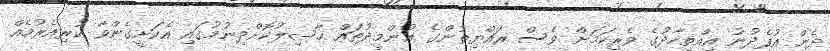
ދެން އުފެދުނު އިއްތިހާދުގެ ވެރިކަމަށް ވެސް ރައްޔިތުންގެ އުންމީދުތައް ޙާޞިލުކޮށްދިނުމުގައި އެކަށީގެންވާ ކުރިއެރުމެއް